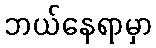
ဘယ်နေရာမှာ